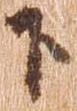
下